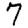
Digit: 7